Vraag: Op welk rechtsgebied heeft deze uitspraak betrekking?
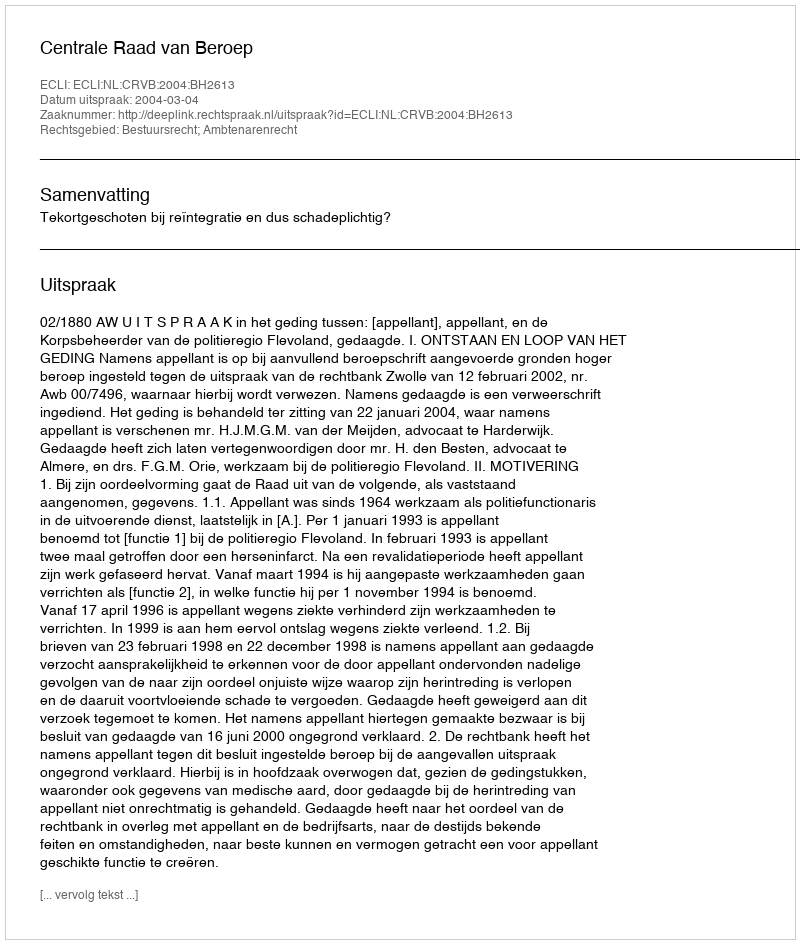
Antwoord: Bestuursrecht; Ambtenarenrecht